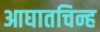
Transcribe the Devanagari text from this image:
आघातचिन्ह